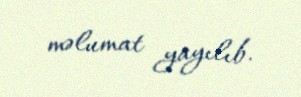
məlumat yayılıb.